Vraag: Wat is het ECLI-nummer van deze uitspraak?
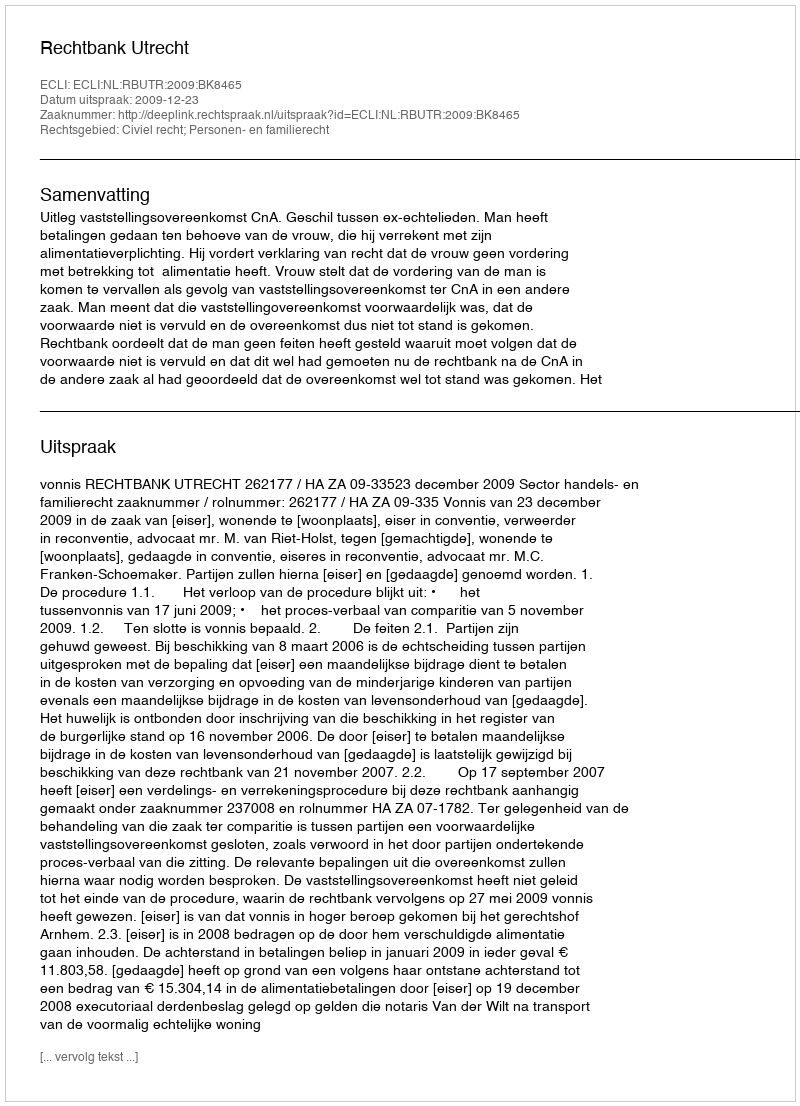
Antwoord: ECLI:NL:RBUTR:2009:BK8465